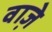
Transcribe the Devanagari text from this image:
वाजे़